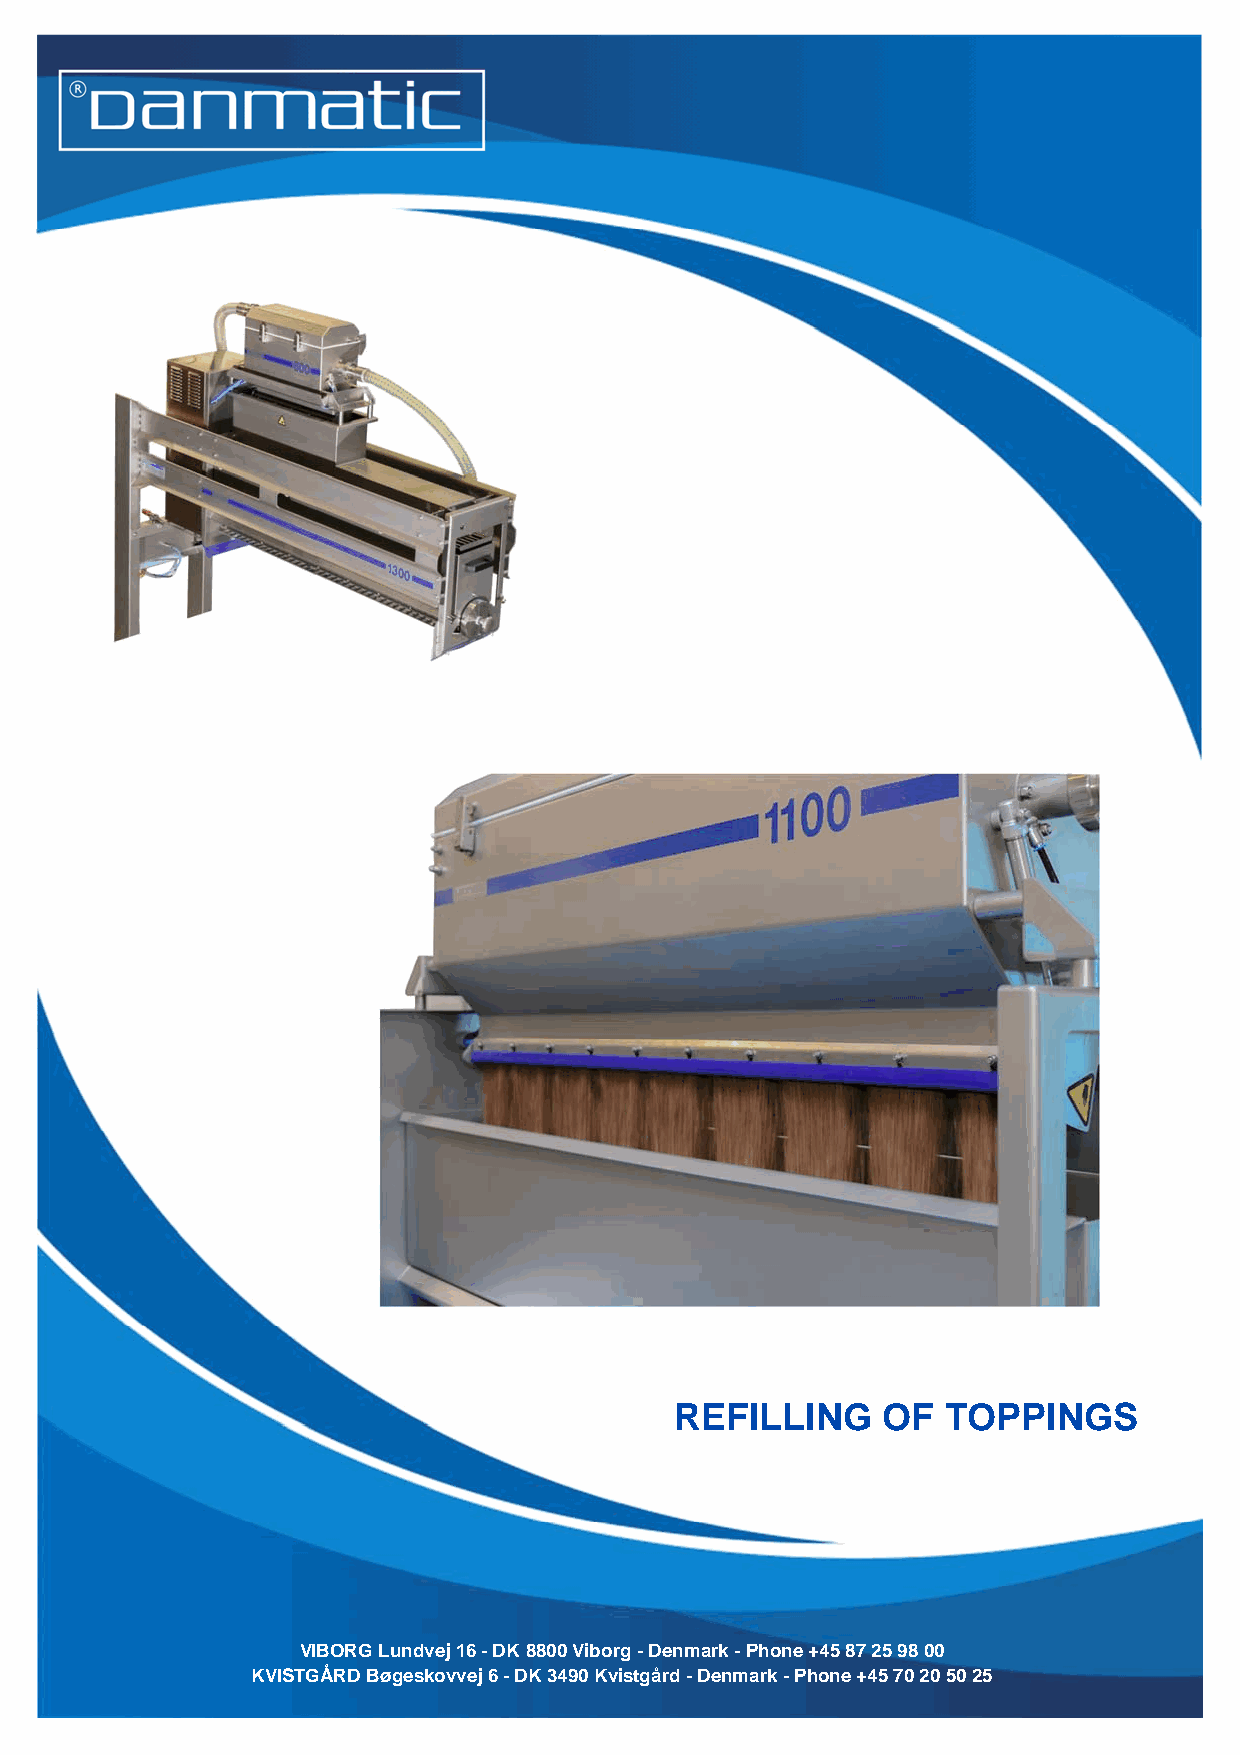
REFILLING    OF   TOPPINGS
 VIBORG Lundvej 16 - DK 8800 Viborg - Denmark - Phone +45 87 25 98 00
 KVISTGÅRD Bøgeskovvej 6 - DK 3490 Kvistgård - Denmark - Phone +45 70 20 50 25